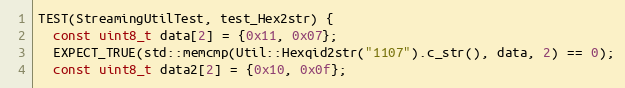
Language: C++
TEST(StreamingUtilTest, test_Hex2str) {
  const uint8_t data[2] = {0x11, 0x07};
  EXPECT_TRUE(std::memcmp(Util::Hexqid2str("1107").c_str(), data, 2) == 0);
  const uint8_t data2[2] = {0x10, 0x0f};